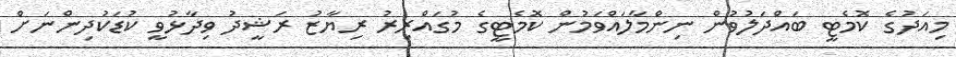
މިއަދުގެ ކޮމެޓީ ބައްދަލުވުން ނިންމާލައްވަމުން ކޮމެޓީގެ މުގައްރިރު ރިޔާޒު ރަޝީދު ވިދާޅުވީ ކުޑަކުދިންނަށް